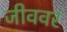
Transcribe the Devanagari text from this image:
जीववर